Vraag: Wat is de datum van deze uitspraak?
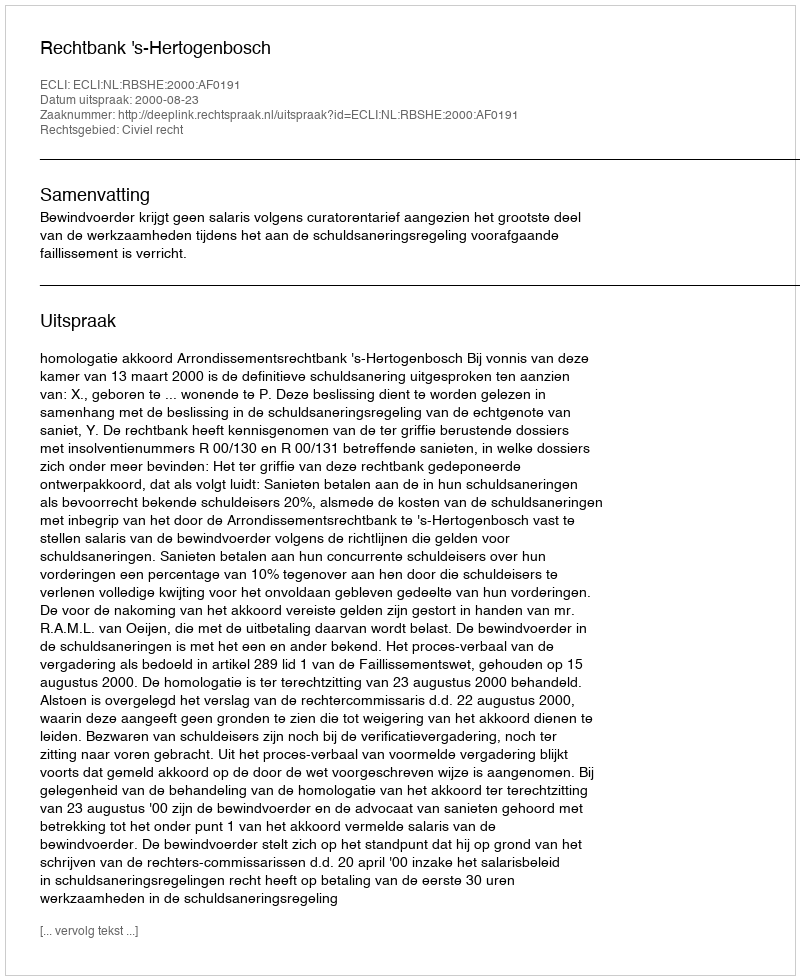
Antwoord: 2000-08-23